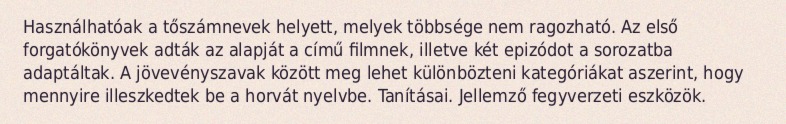
Használhatóak a tőszámnevek helyett, melyek többsége nem ragozható. Az első forgatókönyvek adták az alapját a című filmnek, illetve két epizódot a sorozatba adaptáltak. A jövevényszavak között meg lehet különbözteni kategóriákat aszerint, hogy mennyire illeszkedtek be a horvát nyelvbe. Tanításai. Jellemző fegyverzeti eszközök.